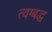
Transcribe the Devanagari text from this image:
त्वग्बद्ध